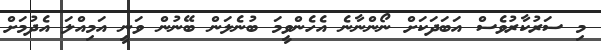
މި ސަރުކާރުވެސް އަބަދަކަށް ނޯންނާނެ އެހެންވީމަ ބުނެލަން ބޭނުން ވަނީ އަމިއްލަ އެދުމަށް